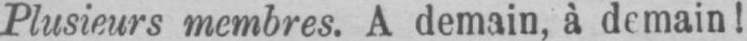
Plusieurs membres. A demain, à demain!